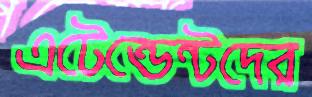
এটেন্ডেন্টদের